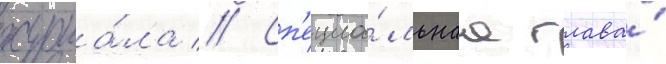
журна́ла // Сп'ециа́льнаа глава́